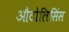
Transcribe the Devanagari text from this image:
औटोलिसिंस